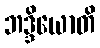
ဘဒ္ဒိယောတိ